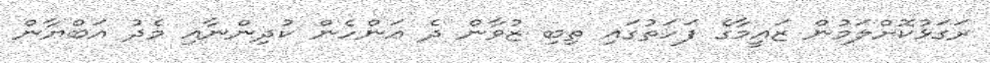
ރަގަޅުކޮށްލަމުން ޒައީމާގެ ފަހަތުގައި ތިބި ޒުވާން ދެ އަންހެން ކުދިންނާއި މެދު އަބްޔާން